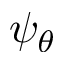
\psi _ { \theta }